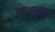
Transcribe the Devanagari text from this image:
कुभांडात